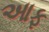
આફ